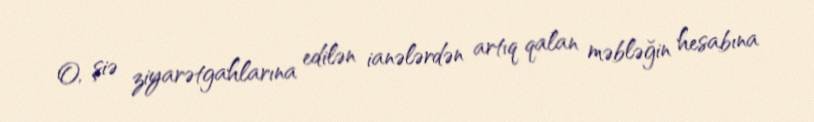
O, şiə ziyarətgahlarına edilən ianələrdən artıq qalan məbləğin hesabına